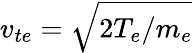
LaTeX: v_{te}=\sqrt{2T_{e}/m_{e}}